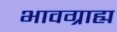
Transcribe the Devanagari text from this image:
भावग्राह्य